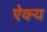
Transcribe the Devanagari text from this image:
ऐक्‍य